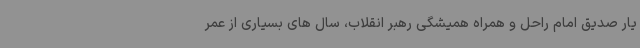
یار صدیق امام راحل و همراه همیشگی رهبر انقلاب، سال های بسیاری از عمر